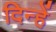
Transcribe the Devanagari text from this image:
दिन्हें